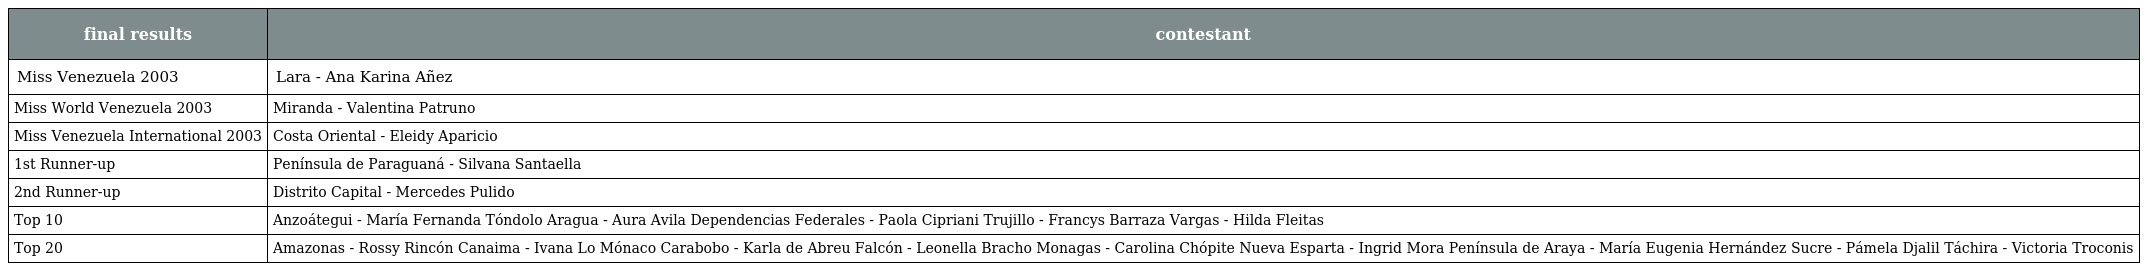
| final results | contestant |
 | --- | --- |
 | Miss Venezuela 2003 | Lara - Ana Karina Añez |
 | Miss World Venezuela 2003 | Miranda - Valentina Patruno |
 | Miss Venezuela International 2003 | Costa Oriental - Eleidy Aparicio |
 | 1st Runner-up | Península de Paraguaná - Silvana Santaella |
 | 2nd Runner-up | Distrito Capital - Mercedes Pulido |
 | Top 10 | Anzoátegui - María Fernanda Tóndolo Aragua - Aura Avila Dependencias Federales - Paola Cipriani Trujillo - Francys Barraza Vargas - Hilda Fleitas |
 | Top 20 | Amazonas - Rossy Rincón Canaima - Ivana Lo Mónaco Carabobo - Karla de Abreu Falcón - Leonella Bracho Monagas - Carolina Chópite Nueva Esparta - Ingrid Mora Península de Araya - María Eugenia Hernández Sucre - Pámela Djalil Táchira - Victoria Troconis |